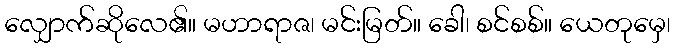
လျှောက်ဆိုလေ၏။ မဟာရာဇ၊ မင်းမြတ်။ ခေါ၊ စင်စစ်။ ယေတုမှေ၊